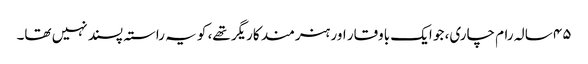
۴۵ سالہ رام چاری، جو ایک باوقار اور ہنرمند کاریگر تھے، کو یہ راستہ پسند نہیں تھا۔